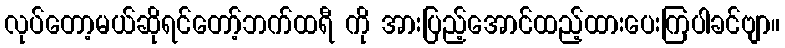
လုပ်တော့မယ်ဆိုရင်တော့်ဘက်ထရီ ကို အားပြည့်အောင်ထည့်ထားပေးကြပါခင်ဗျာ။